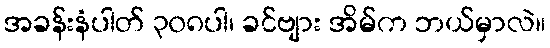
အခန်းနံပါတ် ၃၀၈ပါ၊ ခင်ဗျား အိမ်က ဘယ်မှာလဲ။